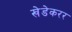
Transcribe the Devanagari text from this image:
खेडेकरर